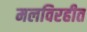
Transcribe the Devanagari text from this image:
मलविरहीत